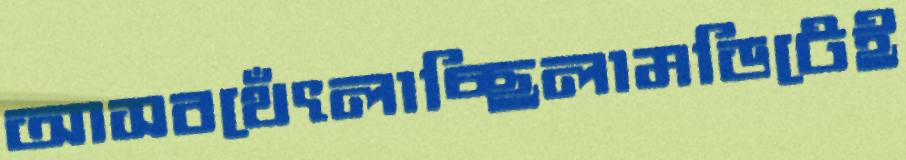
আসবথেঁৎলাচ্ছিলামডিটেই